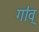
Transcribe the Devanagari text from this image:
गा॑व्